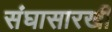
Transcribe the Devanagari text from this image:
संघासारखी